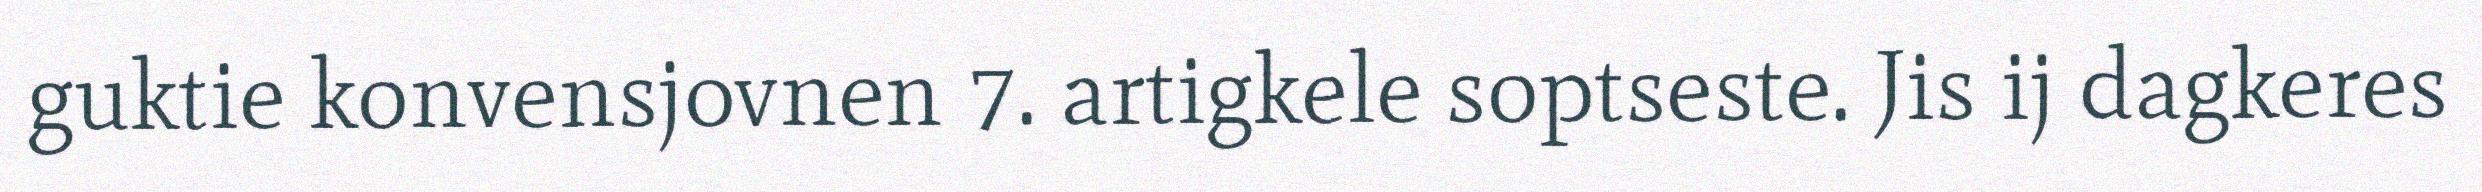
guktie konvensjovnen 7. artigkele soptseste. Jis ij dagkeres